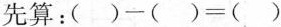
先算：$$( ) - ( ) = ( )$$